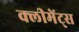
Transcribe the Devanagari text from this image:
क्लीमेंट्स